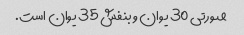
صورتی 30 یوان و بنفش 35 یوان است.